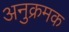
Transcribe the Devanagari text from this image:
अनुक्रमक